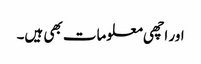
اور اچھی معلومات بھی ہیں۔